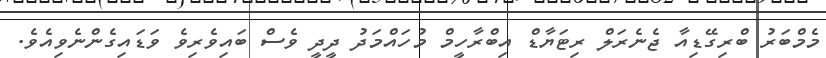
މެމްބަރު ބްރިގޭޑިއާ ޖެނެރަލް ރިޓަޔާޑް އިބްރާހީމް މުހައްމަދު ދީދީ ވެސް ބައިވެރިވެ ވަޑައިގެންނެވިއެވެ.